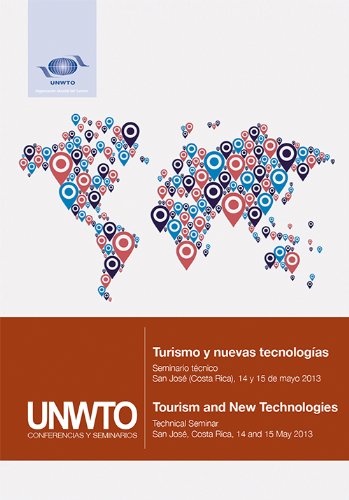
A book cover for Turismo y nuevas tecnologÃ­as - Seminario tÃ©cnico, San JosÃ© (Costa Rica), 14 y 15 de mayo de 2013 // Tourism and New Technologies - Technical Seminar, ... and 15 May 2013 (English and Spanish Edition); Unwto; Travel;